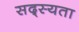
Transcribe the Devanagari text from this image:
सद्स्यता